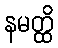
နမတ္ထိ